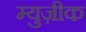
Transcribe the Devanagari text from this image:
म्युज़ीक